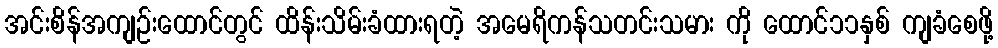
အင်းစိန်အကျဉ်းထောင်တွင် ထိန်းသိမ်းခံထားရတဲ့ အမေရိကန်သတင်းသမား ကို ထောင်၁၁နှစ် ကျခံစေဖို့